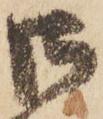
御